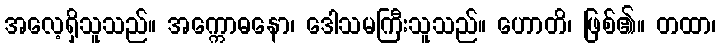
အလေ့ရှိသူသည်။ အက္ကောဓနော၊ ဒေါသမကြီးသူသည်။ ဟောတိ၊ ဖြစ်၏။ တထာ၊